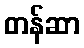
တန်ဆာ